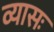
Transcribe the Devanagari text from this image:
व्यासः